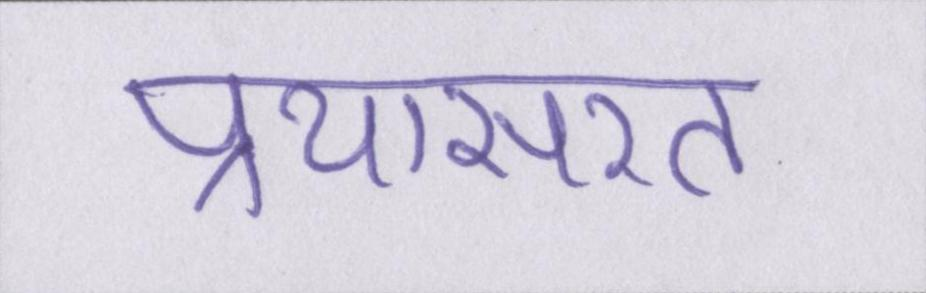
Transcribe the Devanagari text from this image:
प्रयासरत